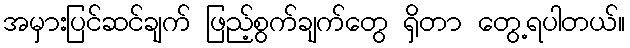
အမှားပြင်ဆင်ချက် ဖြည့်စွက်ချက်တွေ ရှိတာ တွေ့ရပါတယ်။